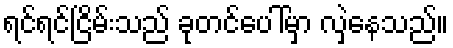
ရင်ရင်ငြိမ်းသည် ခုတင်ပေါ်မှာ လှဲနေသည်။